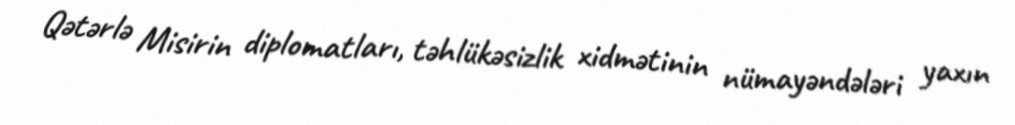
Qətərlə Misirin diplomatları, təhlükəsizlik xidmətinin nümayəndələri yaxın